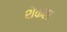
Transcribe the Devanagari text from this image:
शेकल